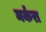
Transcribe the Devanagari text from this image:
मर्करा